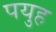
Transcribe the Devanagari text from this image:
पयुह